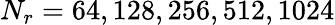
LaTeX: N_{r}=64,128,256,512,1024